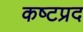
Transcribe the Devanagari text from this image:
कष्‍टप्रद